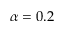
\alpha = 0 . 2